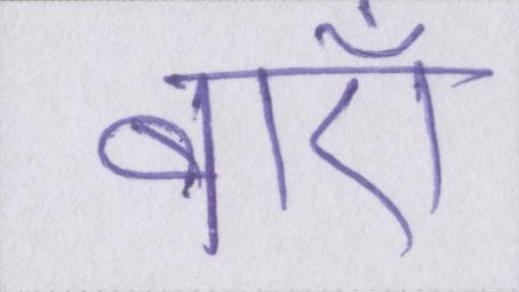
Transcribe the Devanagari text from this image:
बाएँ